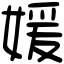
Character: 媛